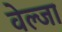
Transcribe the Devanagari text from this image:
वेल्जा